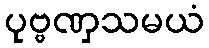
ပုဗ္ဗဏှသမယံ